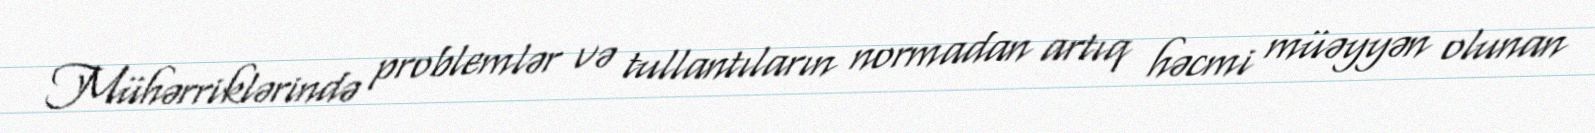
Mühərriklərində problemlər və tullantıların normadan artıq həcmi müəyyən olunan